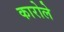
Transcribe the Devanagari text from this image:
कारोले